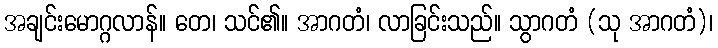
အချင်းမောဂ္ဂလာန်။ တေ၊ သင်၏။ အာဂတံ၊ လာခြင်းသည်။ သွာဂတံ (သု အာဂတံ)၊